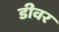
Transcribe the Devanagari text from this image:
डीवर